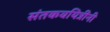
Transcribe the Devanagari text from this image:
संतकवयित्रींनी